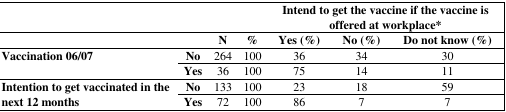
<table><thead><tr><td></td><td></td><td></td><td></td><td colspan="3"><b>Intend to get the vaccine if the vaccine is offered at workplace*</b></td></tr><tr><td></td><td></td><td><b>N</b></td><td><b>%</b></td><td><b>Yes (%)</b></td><td><b>No (%)</b></td><td><b>Do not know (%)</b></td></tr></thead><tbody><tr><td rowspan="2"><b>Vaccination 06/07</b></td><td><b>No</b></td><td>264</td><td>100</td><td>36</td><td>34</td><td>30</td></tr><tr><td><b>Yes</b></td><td>36</td><td>100</td><td>75</td><td>14</td><td>11</td></tr><tr><td rowspan="2"><b>Intention to get vaccinated in the next 12 months</b></td><td><b>No</b></td><td>133</td><td>100</td><td>23</td><td>18</td><td>59</td></tr><tr><td><b>Yes</b></td><td>72</td><td>100</td><td>86</td><td>7</td><td>7</td></tr></tbody></table>